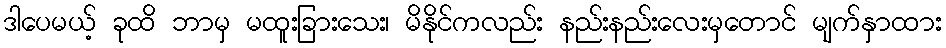
ဒါပေမယ့် ခုထိ ဘာမှ မထူးခြားသေး၊ မိနိုင်ကလည်း နည်းနည်းလေးမှတောင် မျက်နှာထား